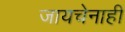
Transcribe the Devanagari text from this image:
जायचेनाही